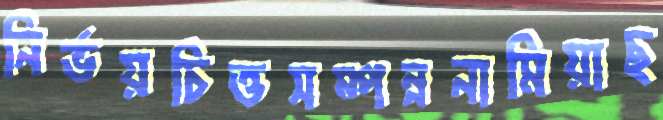
নির্ভয়চিত্তসম্পন্ননামিয়াছ